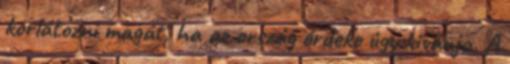
korlátozni magát, ha az ország érdeke úgy kivánja. A